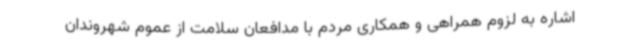
اشاره به لزوم همراهی و همکاری مردم با مدافعان سلامت از عموم شهروندان